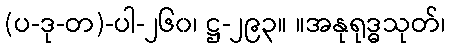
(ပ-ဒု-တ)-ပါ-၂၆၀၊ ဋ္ဌ-၂၉၃။ ။အနုရုဒ္ဓသုတ်၊